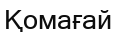
Қомағай